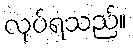
လုပ်ရသည်။